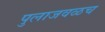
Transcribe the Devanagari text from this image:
पुलाजवळच